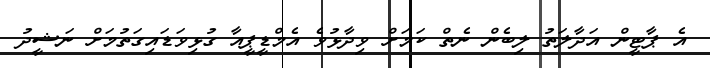
އެ ޕާޓީން އަދާލަތު ލިބެން ނެތް ކަމަށް ވިދާޅުވެ އެމްޑީޕީއާ ގުޅިވަޑައިގަތުމަށް ނަޝީދު